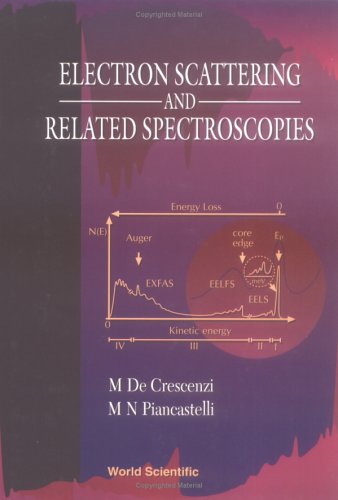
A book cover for Electron Scattering and Related Spectroscopies; M. De Crescenzi; Science & Math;